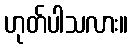
ဟုတ်ပါသလား။